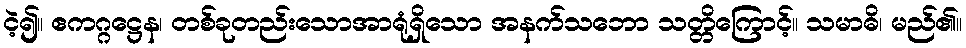
ငဲ့၍။ ဧကဂ္ဂဋ္ဌေန၊ တစ်ခုတည်းသောအာရုံရှိသော အနက်သဘော သတ္တိကြောင့်။ သမာဓိ၊ မည်၏။